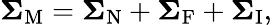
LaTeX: \boldsymbol{\Sigma}_{\mathrm{M}}=\boldsymbol{\Sigma}_{\mathrm{N}}+\boldsymbol{\Sigma}_{\mathrm{F}}+\boldsymbol{\Sigma}_{\mathrm{I}},